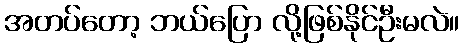
အတပ်တော့ ဘယ်ပြော လို့ဖြစ်နိုင်ဦးမလဲ။